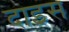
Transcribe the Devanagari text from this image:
दाइस